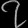
Digit: ၇